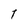
Character: 1